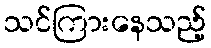
သင်ကြားနေသည့်